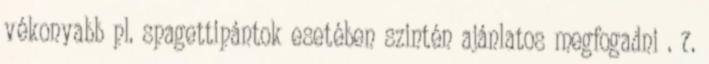
vékonyabb pl. spagettipántok esetében szintén ajánlatos megfogadni . 7.